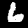
Digit: 6